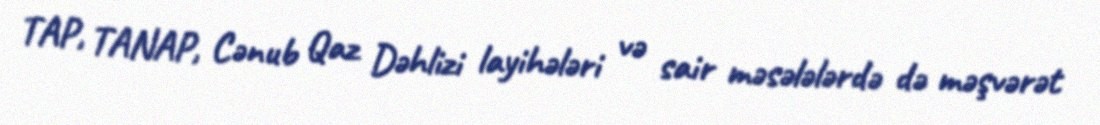
TAP, TANAP, Cənub Qaz Dəhlizi layihələri və sair məsələlərdə də məşvərət